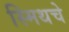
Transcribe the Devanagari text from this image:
स्मिथचे